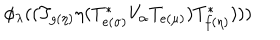
\phi _ { \lambda } ( ( T _ { g ( \eta ) } \eta ( T _ { e ( \sigma ) } ^ { * } V _ { \alpha } T _ { e ( \mu ) } ) T _ { f ( \eta ) } ^ { * } ) ) )